38_143685_box_Incident_Summaries_101-172
Agency: Department of War
Page 66
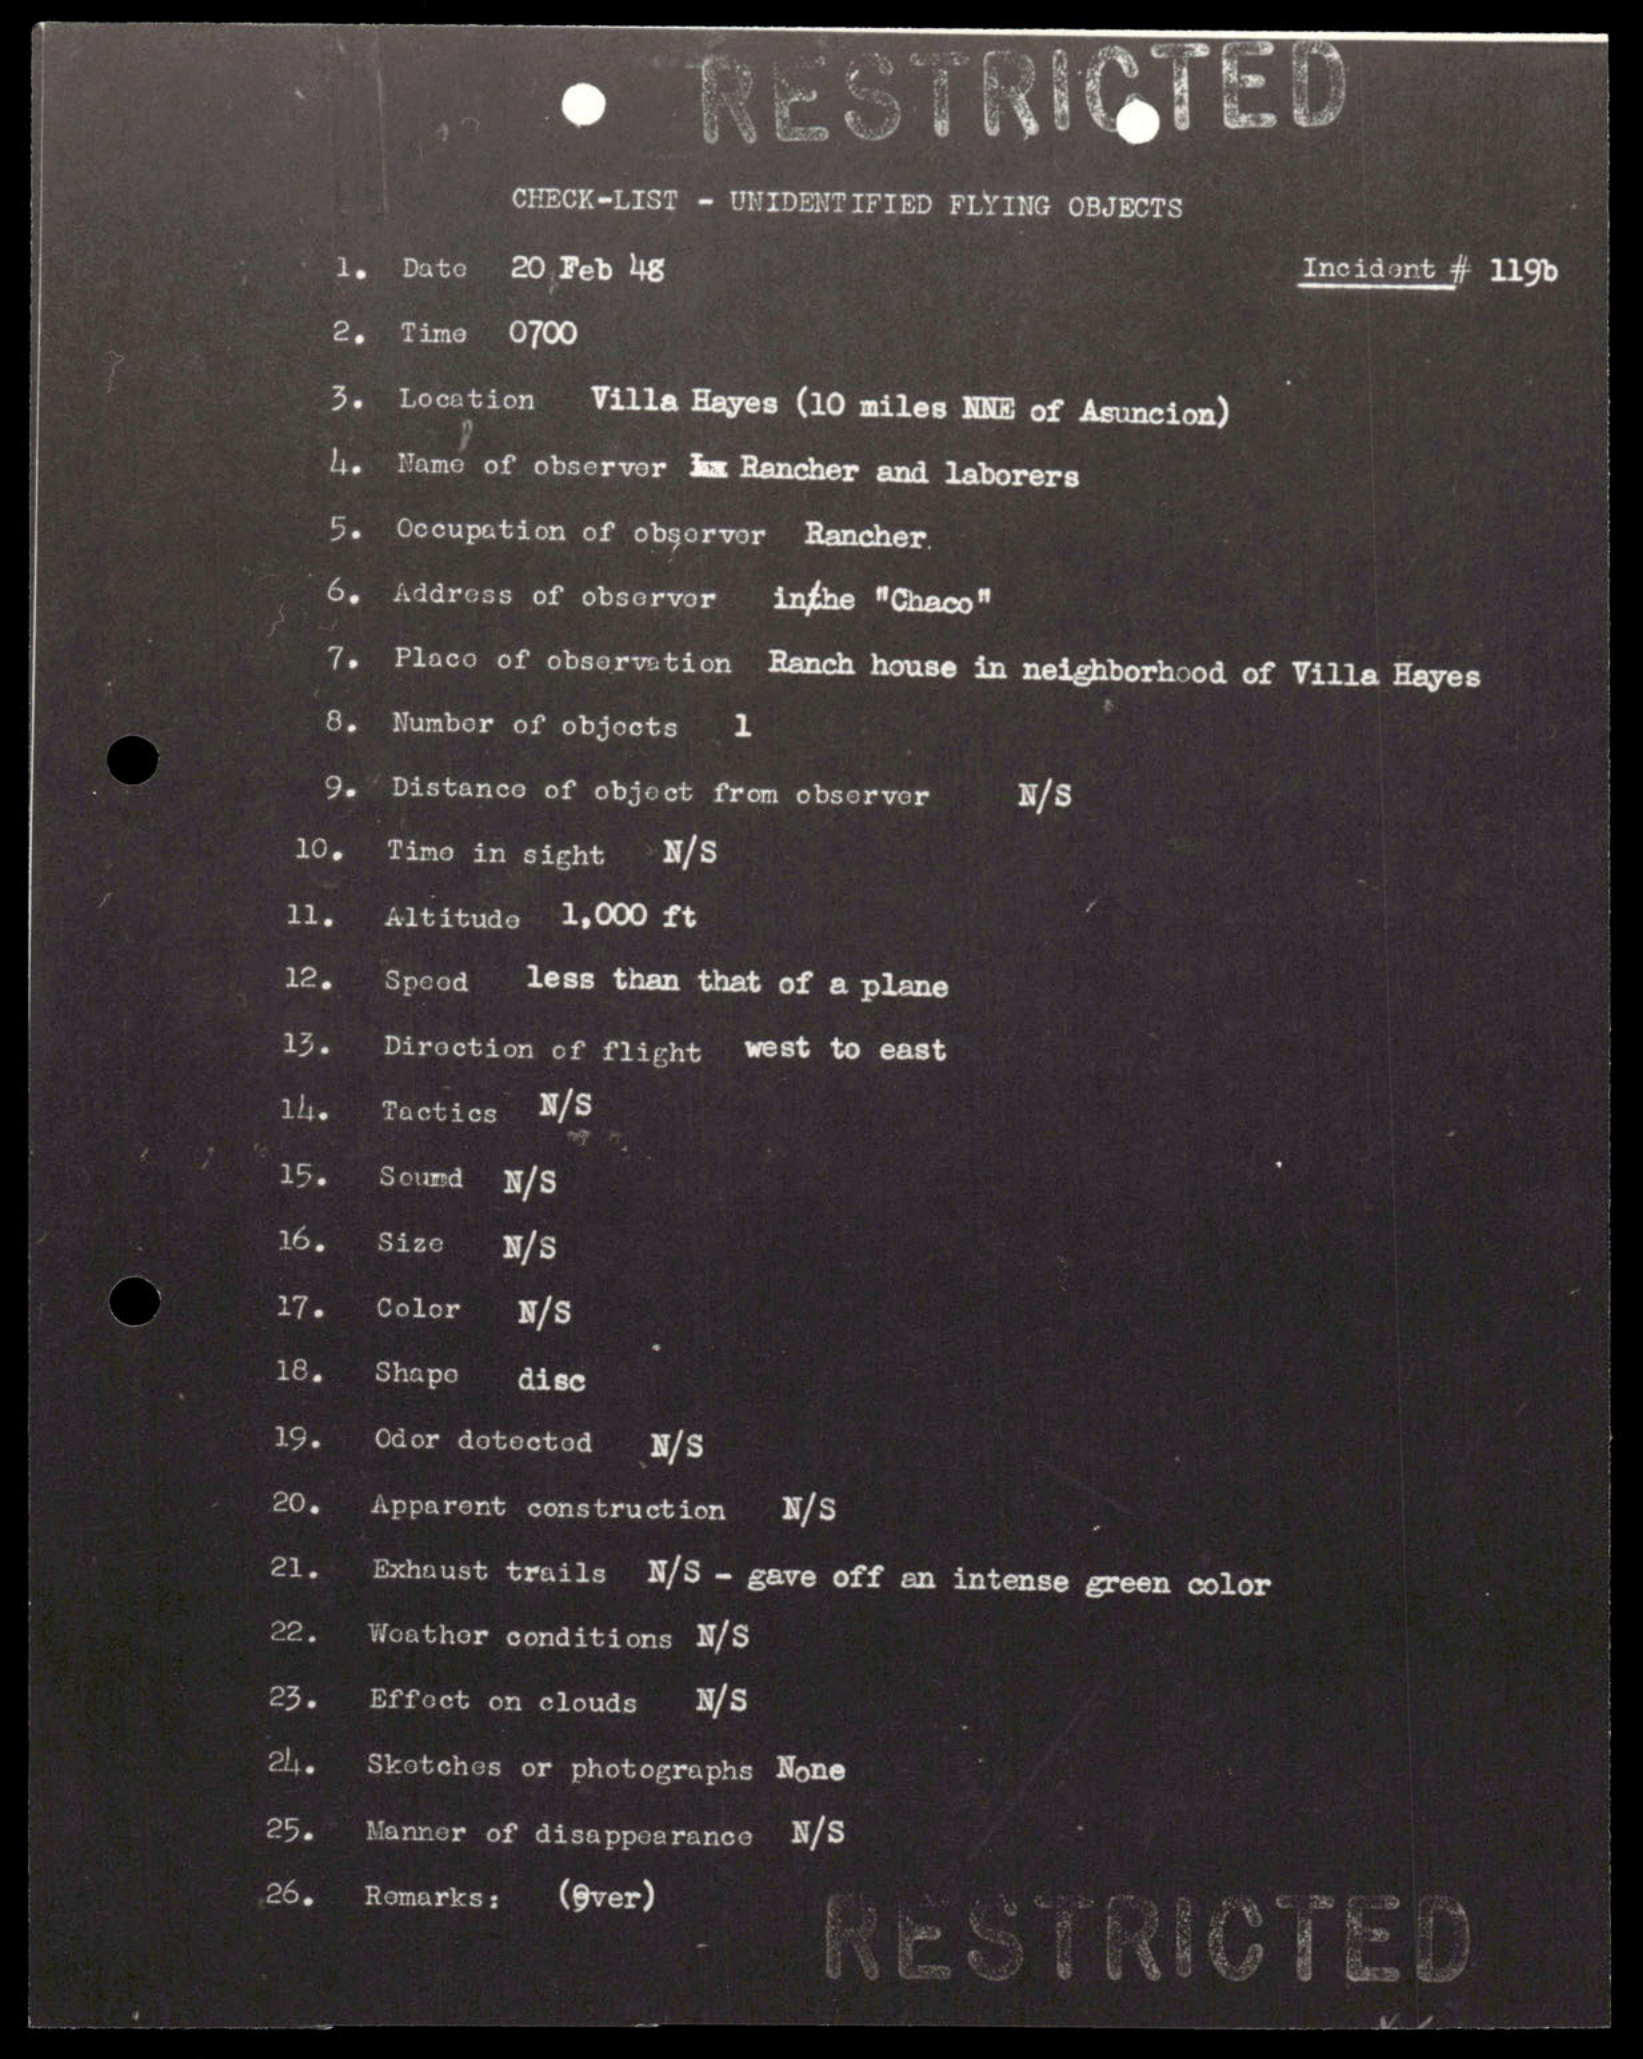